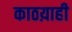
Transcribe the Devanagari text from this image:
काठय़ाही